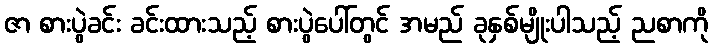
ဇာ စားပွဲခင်း ခင်းထားသည့် စားပွဲပေါ်တွင် အမည် ခုနှစ်မျိုးပါသည့် ညစာကို